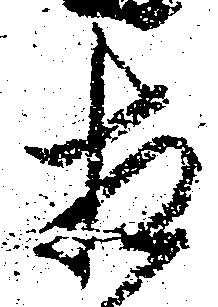
相